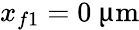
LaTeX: x_{f1}=0~{\upmu\mathrm{m}}